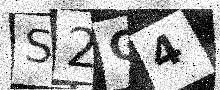
Text: S2G4